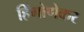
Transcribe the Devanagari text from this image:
हिंगोणेकर